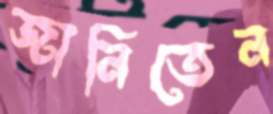
জানিতেন